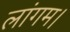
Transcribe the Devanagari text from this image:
लांगम।